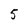
Character: 5